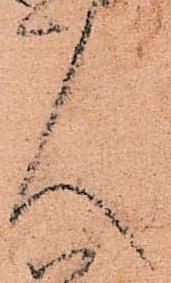
人